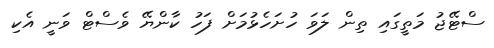
ސްޓޭޖު މަތީގައި ތިން ލަވަ ހުށަހެޅުމަށް ފަހު ކާންޔޭ ވެސްޓް ވަނީ އެކި